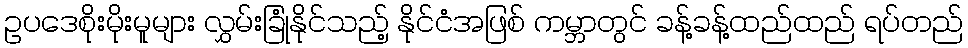
ဥပဒေစိုးမိုးမူများ လွှမ်းခြုံနိုင်သည့် နိုင်ငံအဖြစ် ကမ္ဘာတွင် ခန့်ခန့်ထည်ထည် ရပ်တည်